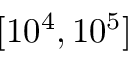
[ 1 0 ^ { 4 } , 1 0 ^ { 5 } ]